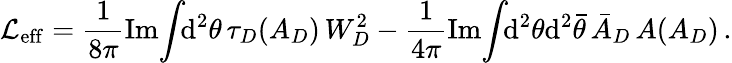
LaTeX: {\cal L}_{\mathrm{eff}}=\frac{1}{8\pi}\mathrm{Im}\! \int\! \! \mathrm{d}^{2}\theta\, \tau_{D}(A_{D})\, W_{D}^{2}-\frac{1}{4\pi}\mathrm{Im}\! \int\! \! \mathrm{d}^{2}\theta\mathrm{d}^{2}\bar{\theta}\, \bar{A}_{D}\, A(A_{D})\, .